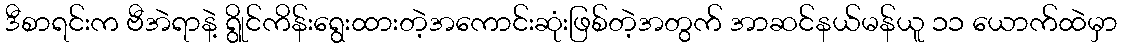
ဒီစာရင်းက ဗီအဲရာနဲ့ ရွိုင်ကိန်းရွေးထားတဲ့အကောင်းဆုံးဖြစ်တဲ့အတွက် အာဆင်နယ်မန်ယူ ၁၁ ယောက်ထဲမှာ